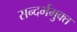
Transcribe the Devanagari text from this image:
सन्दर्भमुक्त